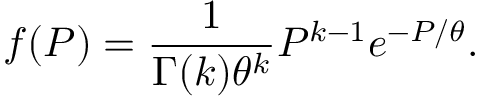
f ( P ) = \frac { 1 } { \Gamma ( k ) \theta ^ { k } } P ^ { k - 1 } e ^ { - P / \theta } .